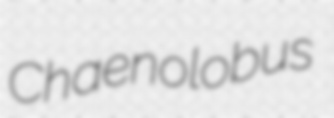
Chaenolobus